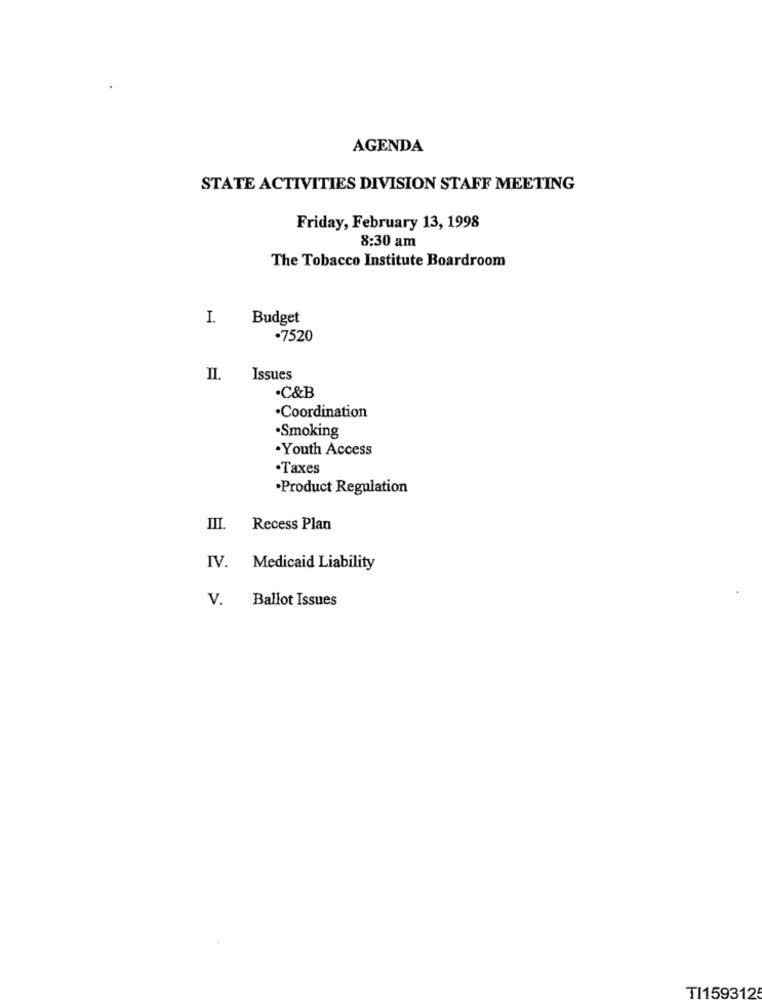
AGENDA
STATE ACTIVITIES DIVISION STAFF MEETING
Friday, February 13, 1998
8:30 am
The Tobacco Institute Boardroom
I.
Budget
·7520
II.
Issues
·C&B
·Coordination
·Smoking
.Youth Access
.Taxes
·Product Regulation
III. Recess Plan
IV. Medicaid Liability
V.
Ballot Issues
TI159312